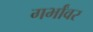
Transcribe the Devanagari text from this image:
गर्भांवर